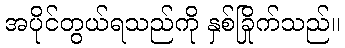
အပိုင်တွယ်ရသည်ကို နှစ်ခြိုက်သည်။